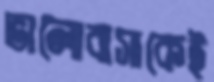
ভালোবাসাকেই